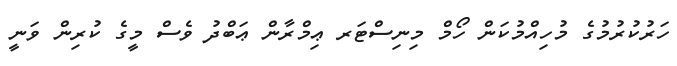
ހަރުކުރުމުގެ މުހިއްމުކަން ހޯމް މިނިސްޓަރ ޢިމްރާން ޢަބްދު ވެސް މީގެ ކުރިން ވަނީ